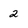
Character: 2